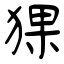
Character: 猓